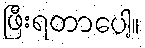
ဖြီးရတာပေါ့။